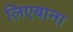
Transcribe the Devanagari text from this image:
लिएबाना